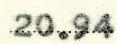
20.94